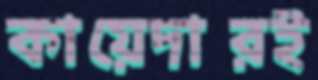
কায়েদারই